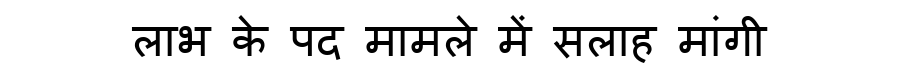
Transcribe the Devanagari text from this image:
लाभ के पद मामले में सलाह मांगी